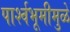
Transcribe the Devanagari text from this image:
पार्श्‍वभूमीमुळे